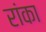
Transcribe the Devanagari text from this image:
रांका